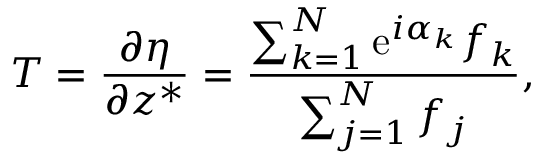
T = { \frac { \partial \eta } { \partial z ^ { * } } } = { \frac { \sum _ { k = 1 } ^ { N } \mathrm { e } ^ { i \alpha _ { k } } f _ { k } } { \sum _ { j = 1 } ^ { N } f _ { j } } } ,